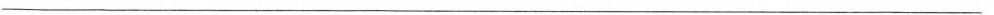
___